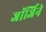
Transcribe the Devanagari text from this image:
जॉर्जिने